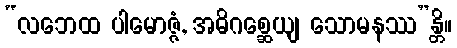
“လဘေထ ပါမောဇ္ဇံ, အဓိဂစ္ဆေယျ သောမနဿ”န္တိ။